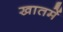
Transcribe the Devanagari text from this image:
खातमें